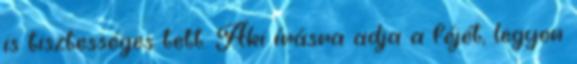
is tisztességes tett. Aki írásra adja a féjét, legyen